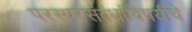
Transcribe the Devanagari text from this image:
परस्परसंबंधांविषयीचे